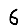
Digit: 6